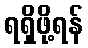
ရရှိဖို့ရန်